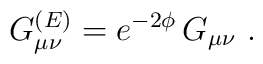
G_{\mu \nu}^{(E)} = e^{-2\phi}\, G_{\mu \nu} \ .